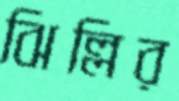
ঝিল্লির